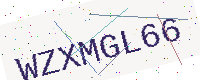
Text: WZXMGL66